Source: Handwritten
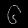
Digit: ၆ (6)